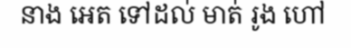
នាង អេត ទៅដល់ មាត់ រូង ហៅ